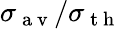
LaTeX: \sigma_{\mathrm{~a~v~}}/\sigma_{\mathrm{~t~h~}}